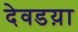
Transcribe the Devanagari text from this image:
देवडय़ा